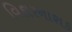
વિકારનાશક